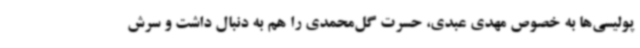
پولیسی‌ها به خصوص مهدی عبدی، حسرت گل‌محمدی را هم به دنبال داشت و سرش